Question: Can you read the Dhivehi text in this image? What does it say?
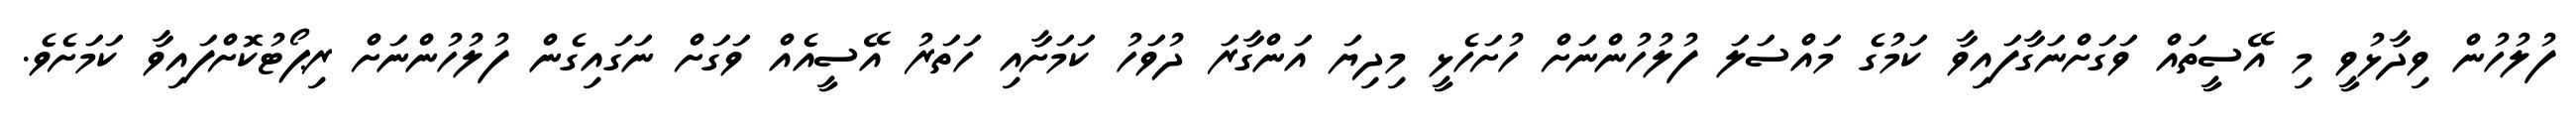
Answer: ފުލުހުން ވިދާޅުވީ މި އޭސީތައް ވަގަށްނަގާފައިވާ ކަމުގެ މައްސަލަ ފުލުހުންނަށް ހުށަހެޅީ މިދިޔަ އަންގާރަ ދުވަހު ކަމަށާއި ހަތަރު އޭސީއެއް ވަގަށް ނަގައިގެން ފުލުހުންނަށް ރިޕޯޓުކޮށްފައިވާ ކަމަށެވެ.